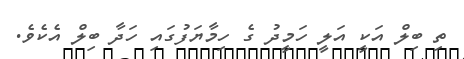
ތި ބިލް އަކީ އަލީ ހަމީދު ގެ ހިމާޔަފުގައި ހަދާ ބިލް އެކެވެ.